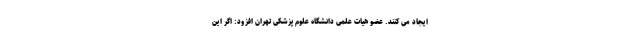
ایجاد می کنند. عضو هیات علمی دانشگاه علوم پزشکی تهران افزود: اگر این